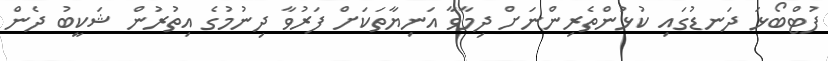
ފުޓްބޯޅަ ދަނޑުގައި ކުޅުންތެރިންނަށް ދިމާވާ އަނިޔާތަކަށް ފަރުވާ ދިނުމުގެ އިތުރުން ޝަކީބު ދެން